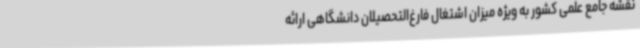
نقشه جامع علمی کشور به ویژه میزان اشتغال فارغ‌التحصیلان دانشگاهی ارائه